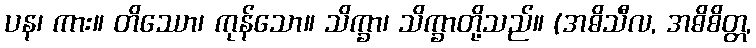
ပန၊ ကား။ တိဿော၊ ကုန်သော။ သိက္ခာ၊ သိက္ခာတို့သည်။ (အဓိသီလ, အဓိစိတ္တ,